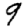
Digit: 9